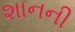
શાનની